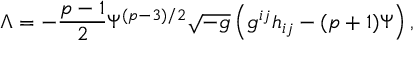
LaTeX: { \Lambda } = - \frac { p - 1 } { 2 } { \Psi } ^ { ( p - 3 ) / 2 } \sqrt { - g } \left( g ^ { i j } h _ { i j } - ( p + 1 ) { \Psi } \right) ,